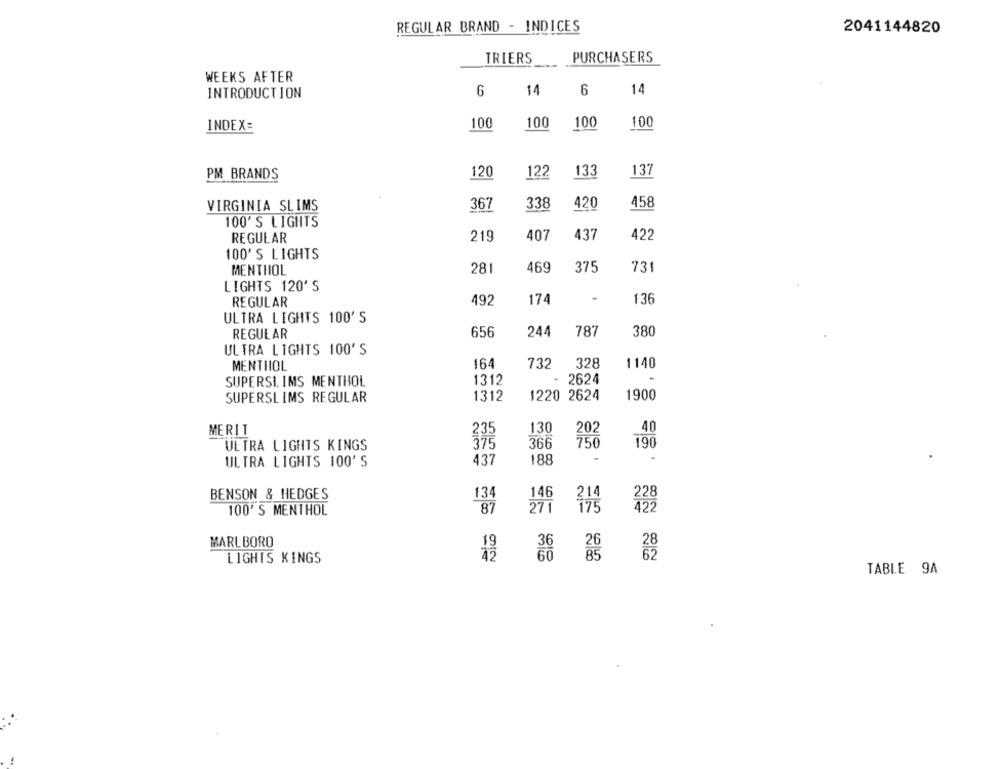
REGULAR BRAND - INDICES
2041144820
TRIERS
PURCHASERS
WEEKS AFTER
6
11
6
14
INTRODUCTION
100
100
100
INDEX=
100
PM BRANDS
120
122
133
137
VIRGINIA SLIMS
367
338
420
458
100'S LIGHTS
REGULAR
219
407
437
422
100' S LIGHTS
281
469
375
731
MENTHOL
LIGHTS 120'S
492
174
136
REGULAR
ULTRA LIGHTS 100' S
REGULAR
656
244
787
380
ULTRA LIGHTS 100'S
MENTIIOL
164
732
328
1140
SUPERSI. IMS MENTHOL
1312
2624
SUPERSLIMS REGULAR
1312
1220 2624
1900
MERIT
130
202
40
ULTRA LIGHTS KINGS
366
750
190
437
188
ULTRA LIGHTS 100' S
BENSON & HEDGES
134
146
228
214
100' S MENTHOL
87
27
MARLBORO
LIGHTS KINGS
TABLE 9A